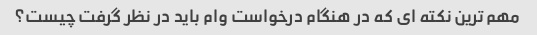
مهم ترین نکته ای که در هنگام درخواست وام باید در نظر گرفت چیست؟